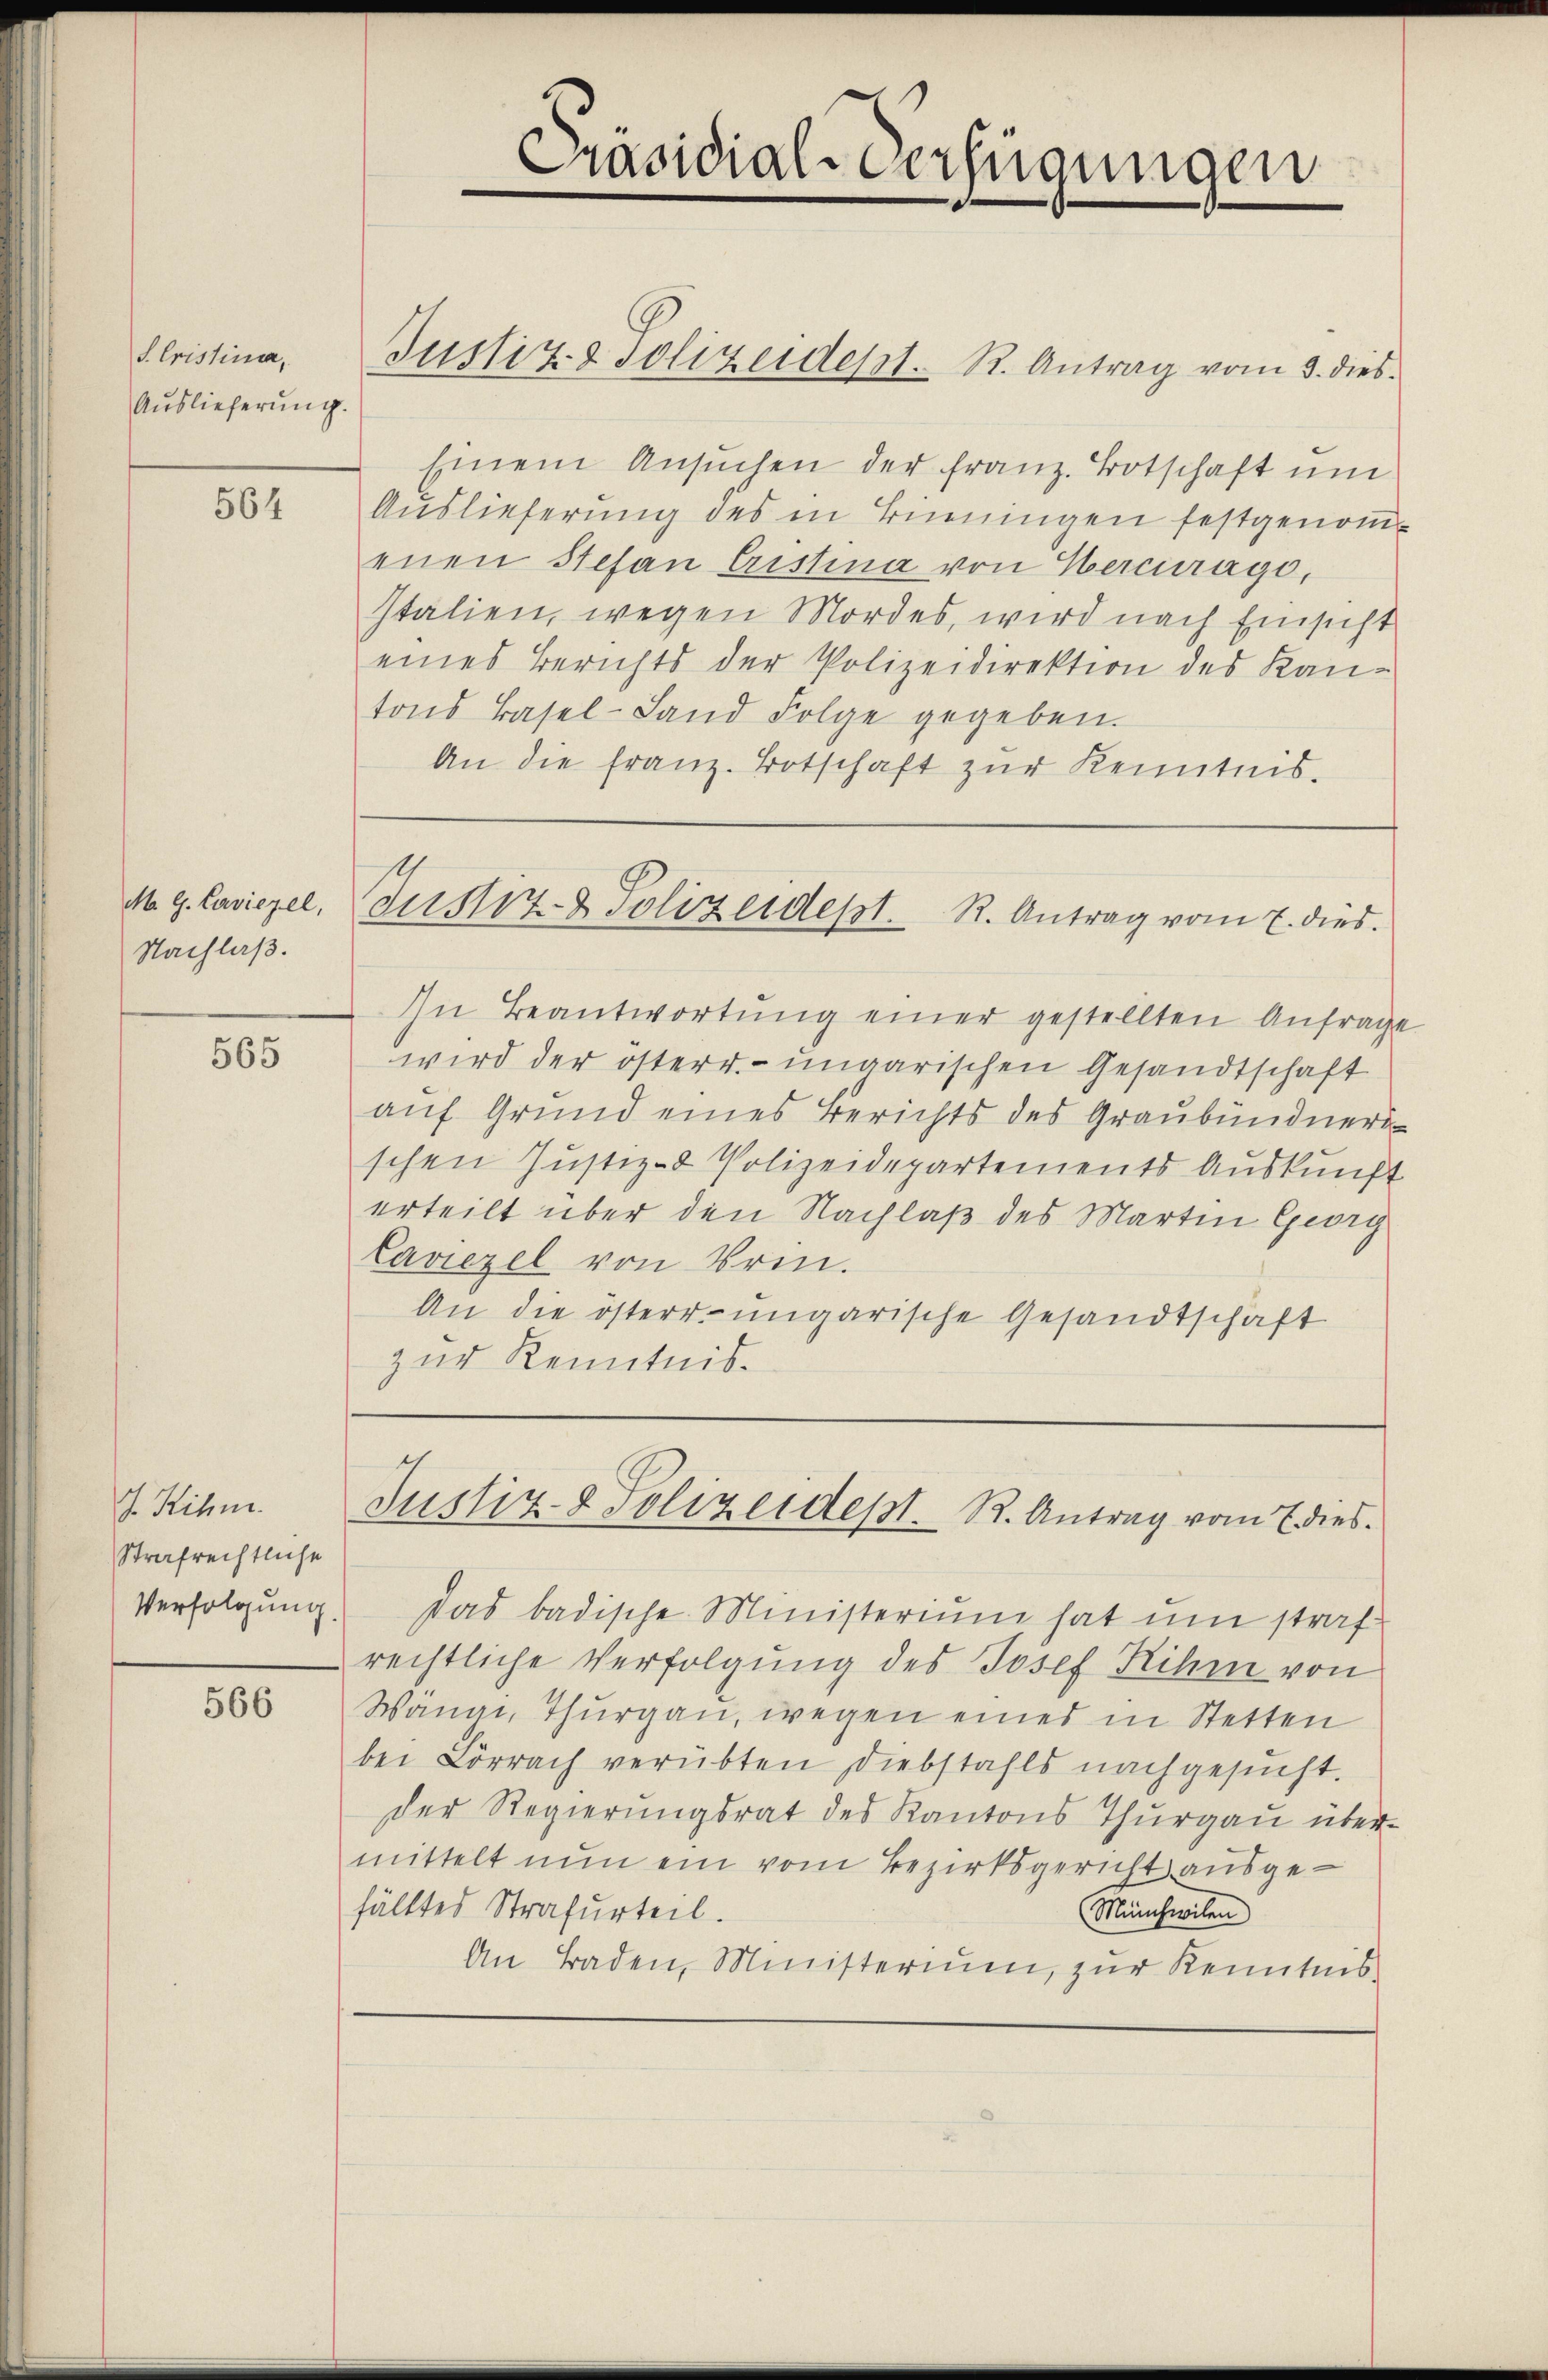
S. Cristini,
Auslieferung.

564

M. G. Cuviezel,
Nachlaß.

565

J. Rihm.
Strafrechtliche
Verfolgung.

566

Präsidial-Verfügungen

Justiz & solizeidest. R. Antrag vom 3. dies

Einem Ansŭchen der franz. Botschaft um
Auslieferung des in Benningen festgenomenen Stefan Cristina von Hercurage,
Italien, wegen Mordes, wird nach Einsicht
eines Berichts der Polizeidirektion des Kantons Basel-Land Folge gegeben.
An die franz. Botschaft zur Kenntnis.

Justiz- & Polizeidept. R. Antrag vom 7. dies

In Beantwortŭng einer gestellten Anfrage
wird der österr. ungarischen Gesandtschaft
auf Grund eines Berichts des Graubündners
schen Justiz- & Polizeidepartements Auskunft
erteilt über den Nachlaß des Martin Georg
Laviezel von Brin.
An die österr. ungarische Gesandtschaft
zur Kenntnis.

Justiz- & Polizeidest. R. Antrag vom 7 dies

das badische Ministerium hat um straf
rechtliche Verfolgung des Josef Rihm von
Wana, Thurgau, wegen eines in Stetten
bei Lörrach verübten Diebstahls nachgesŭcht.
Der Regierungsrat des Kantons Thurgau über-
mittelt nun ein vom Bezirksgericht ausgefälltes Strafurteil.
Münchwilen
An Baden, Ministerium, zur Kenntnis